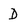
Character: D